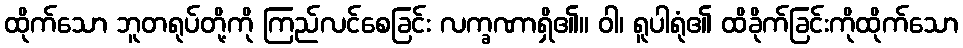
ထိုက်သော ဘူတရုပ်တို့ကို ကြည်လင်စေခြင်း လက္ခဏာရှိ၏။ ဝါ၊ ရူပါရုံ၏ ထိခိုက်ခြင်းကိုထိုက်သော